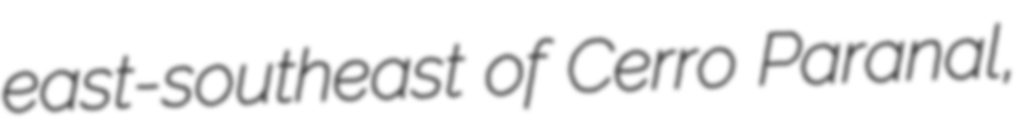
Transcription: east-southeast of Cerro Paranal,